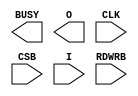
// $Header: /devl/xcs/repo/env/Databases/CAEInterfaces/xec_libs/data/unisims/ICAP_VIRTEX6.v,v 1.3 2009/08/22 00:32:34 harikr Exp $
///////////////////////////////////////////////////////////////////////////////
// Copyright (c) 1995/2009 Xilinx, Inc.
// All Right Reserved.
///////////////////////////////////////////////////////////////////////////////
//   ____  ____
//  /   /\/   /
// /___/  \  /    Vendor : Xilinx
// \   \   \/     Version : 11.1i (L.11)
//  \   \         Description : Xilinx Formal Library Component
//  /   /
// /___/   /\     Filename : ICAP_VIRTEX6.v
// \   \  /  \    Timestamp :
//  \___\/\___\
//
// Revision:
//    04/28/09 - Initial version.
// End Revision

`timescale 1 ps / 1 ps 

module ICAP_VIRTEX6 (
  BUSY,
  O,
  CLK,
  CSB,
  I,
  RDWRB
);

  parameter DEVICE_ID = 32'h04244093;

  parameter ICAP_WIDTH = "X8";
  parameter SIM_CFG_FILE_NAME = "NONE";

  output BUSY;
  output [31:0] O;

  input CLK;
  input CSB;
  input RDWRB;
  input [31:0] I;

endmodule